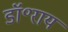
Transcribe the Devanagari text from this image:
डॉ॰राय